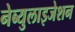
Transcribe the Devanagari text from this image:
नेब्युलाइजेशन